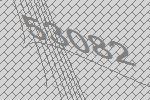
53082